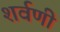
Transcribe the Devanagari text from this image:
शर्वणी